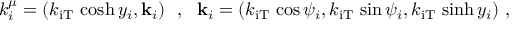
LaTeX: k _ { i } ^ { \mu } = ( k _ { \mathrm { i T } } \, \cosh y _ { i } , { \bf k } _ { i } ) ~ ~ , ~ ~ { \bf k } _ { i } = ( k _ { \mathrm { i T } } \, \cos \psi _ { i } , k _ { \mathrm { i T } } \, \sin \psi _ { i } , k _ { \mathrm { i T } } \, \sinh y _ { i } ) ~ ,